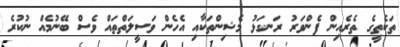
ތަކެތީގެ ތެރެއިން ފެންވަރު ރަނގަޅު މެޝިންތަކާއި އެހެން ވަސީލަތްތައް ވެސް ބޭނުމެއް ނުކުރެ